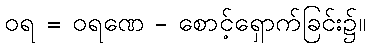
ဝရ = ဝရဏေ - စောင့်ရှောက်ခြင်း၌။